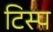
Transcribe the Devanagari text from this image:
टिस्प